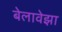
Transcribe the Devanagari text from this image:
बेलावेझा